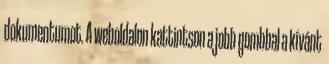
dokumentumot. A weboldalon kattintson a jobb gombbal a kívánt